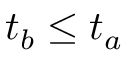
t _ { b } \leq t _ { a }